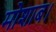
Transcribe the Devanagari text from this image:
मोशाब।